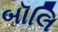
બૉલિ